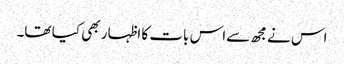
اس نے مجھ سےاس بات کا اظہار بھی کیا تھا۔